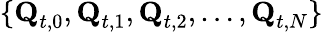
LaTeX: \{ \textbf{Q}_{t,0},\textbf{Q}_{t,1},\textbf{Q}_{t,2},\dots,\textbf{Q}_{t,N}\}